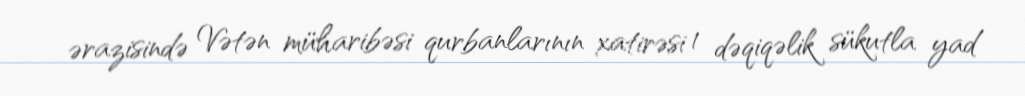
ərazisində Vətən müharibəsi qurbanlarının xatirəsi 1 dəqiqəlik sükutla yad